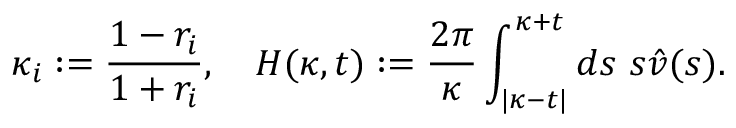
\kappa _ { i } : = \frac { 1 - r _ { i } } { 1 + r _ { i } } , \quad H ( \kappa , t ) : = \frac { 2 \pi } \kappa \int _ { | \kappa - t | } ^ { \kappa + t } d s \ s \hat { v } ( s ) .